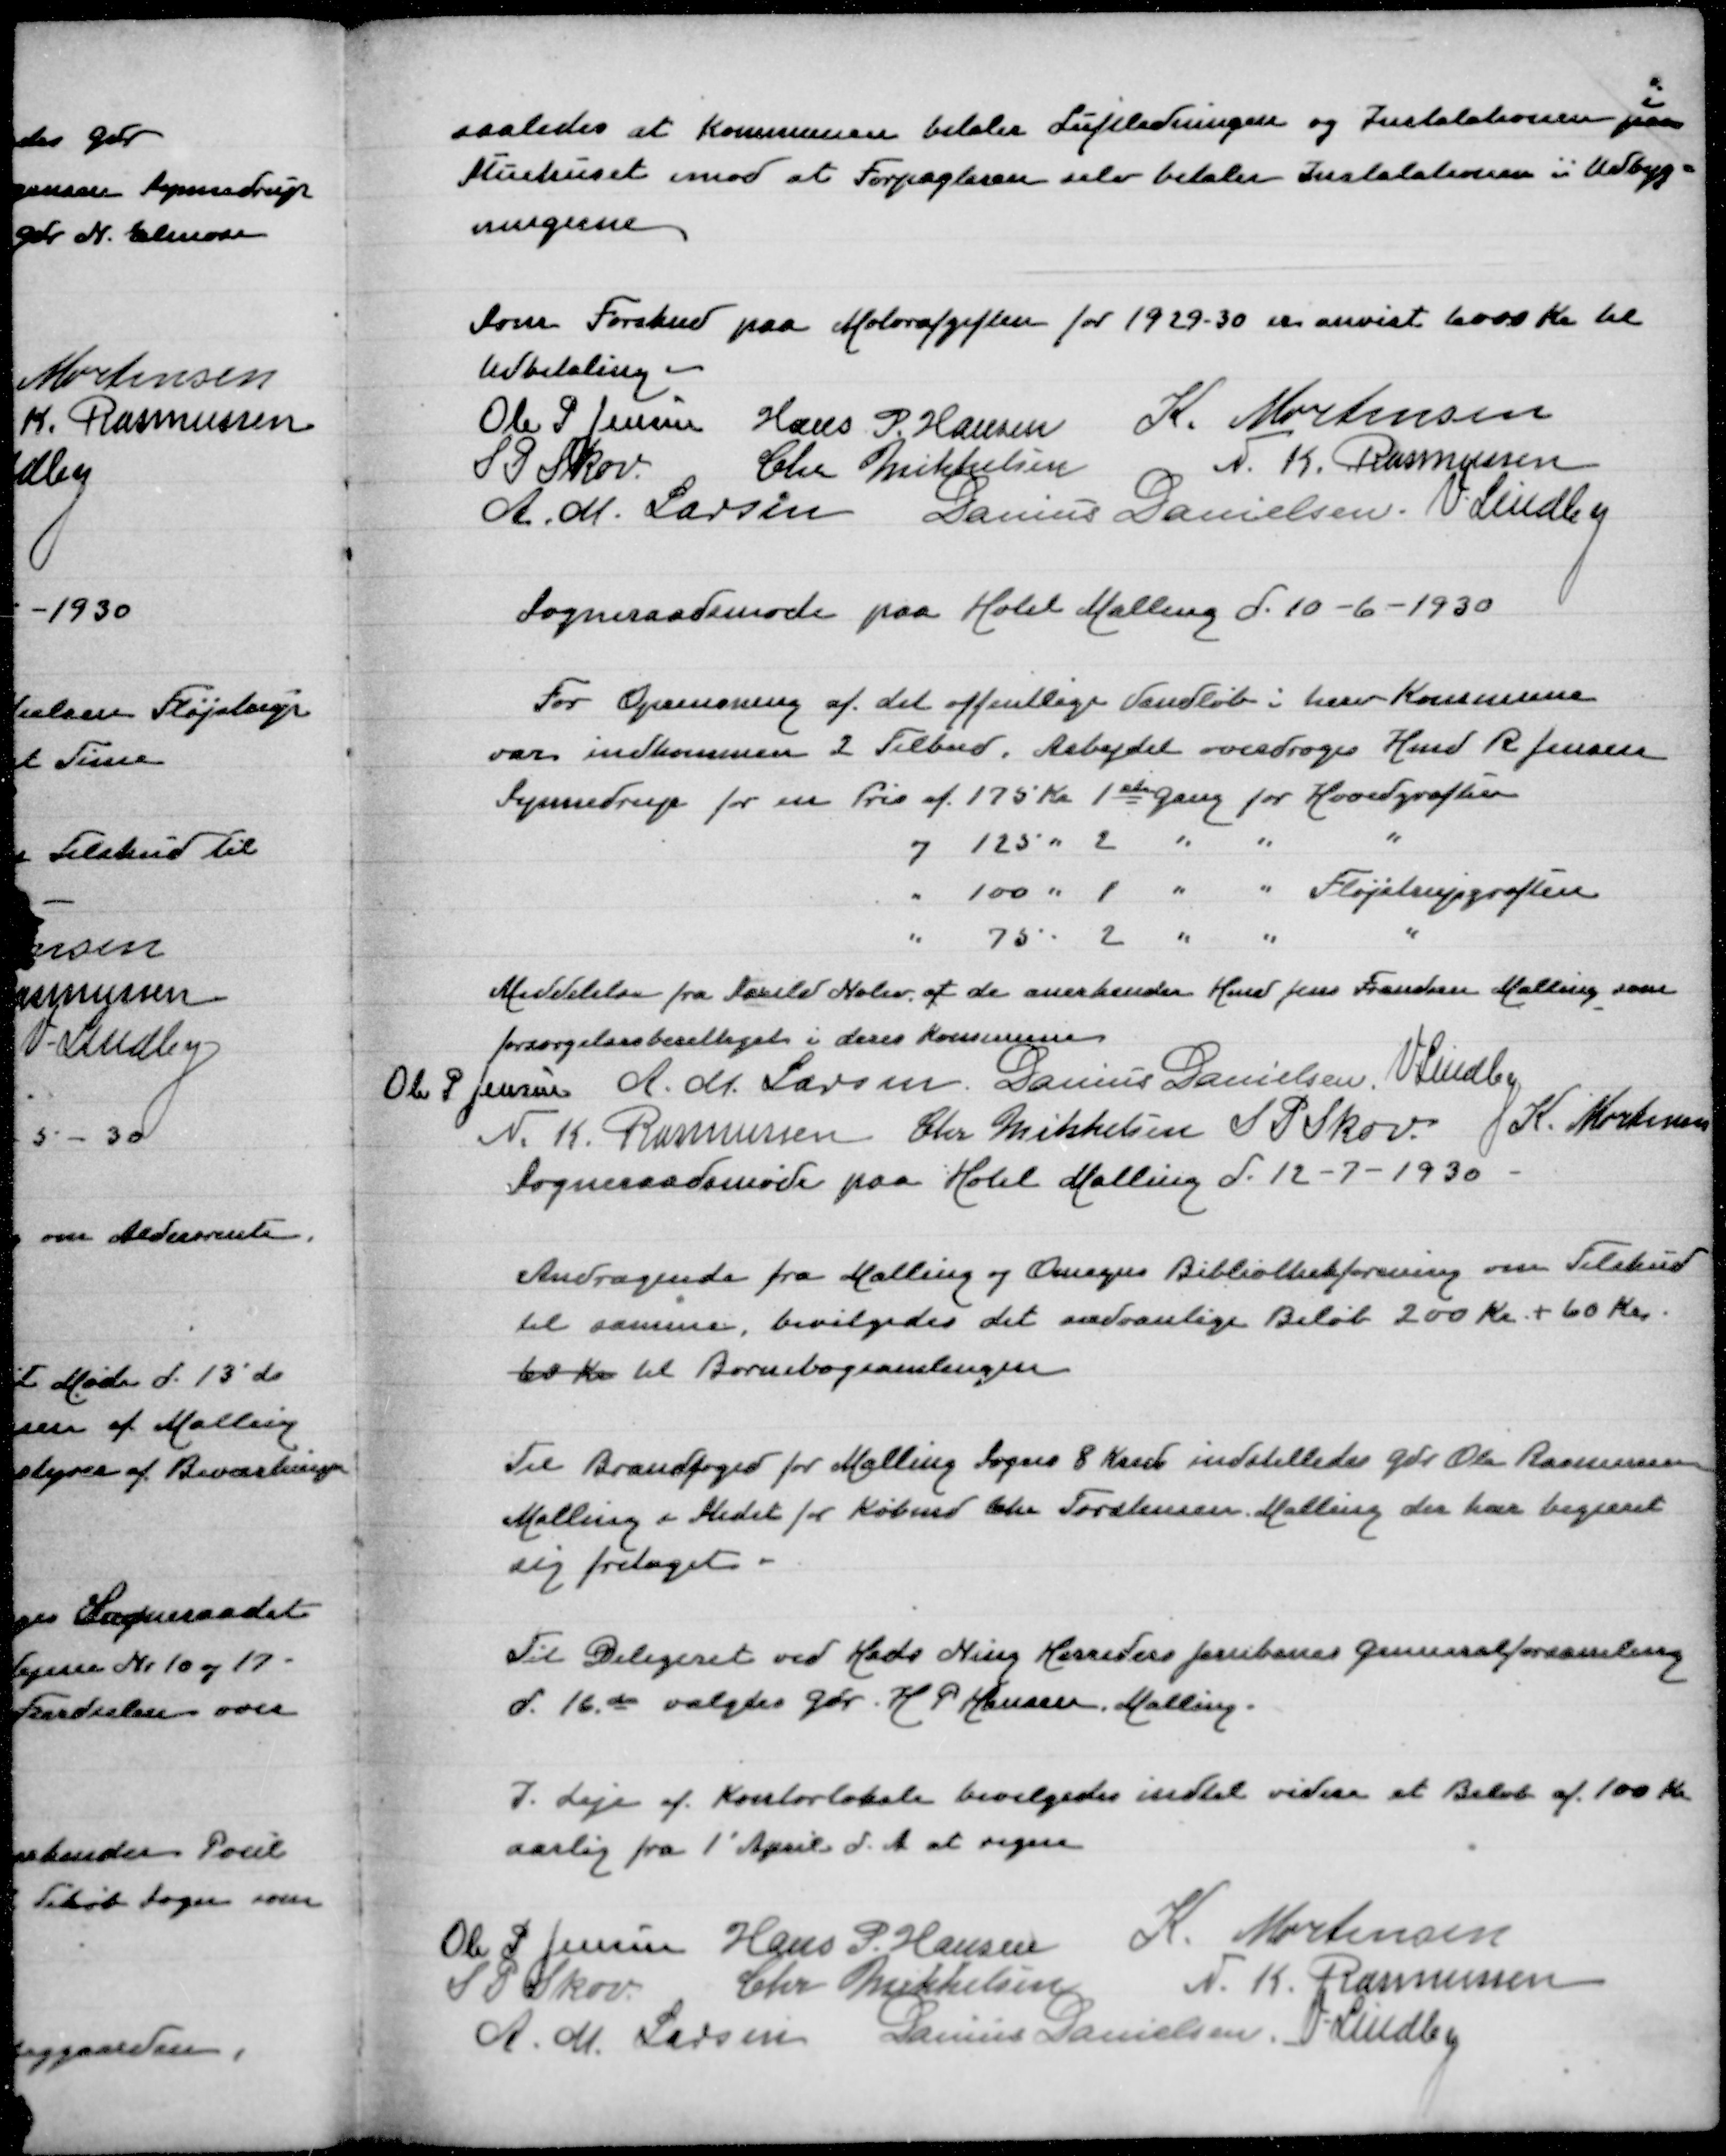
Transskription:
i
saaledes at Kommunen betaler Luftledningen og Installationen paa
Stuehuset imod at Forpagteren selv betaler Installationen i Udbyg=
ningerne

Som Forskud paa Motorafgiften for 1929-30 er anvist 6000 Kr til
Udbetaling
Ole P Jensen
Hans P Hansen
K Mortensen
S P Skov
Chr Mikkelsen
N K Rasmussen
A M Larsen
Danius Danielsen
V Lindby
Sogneraadsmøde paa Hotel Malling d 10-6-1930

For Oprensning af det offentlige Vandløb i herv Kommune
var indkommen 2 Tilbud. Arbejdet overdrages Hmd R Jensen
Synnedrup for en Pris af 175 Kr 1st Gang for Hovedgrøften
og 125 " 2 " " "
" 100 " 1 " " Fløjstrupgrøften
" 75 " 2 " " "

Meddelelse fra Saxild Nølev at de anerkender Hmd Jens Frandsen Malling som
forsørgelsesberettiget i deres Kommune
Ole P Jensen
A M Larsen
Danius Danielsen
V Lindby
N K Rasmussen
Chr Mikkelsen
S P Skov
K Mortensen
Sogneraadsmøde paa Hotel Malling d 12-7-1930

Andragende fra Malling og Omegns Bibliotekforening om Tilskud
til samme, bevilgedes det sædvalige Beløb 200 Kr + 6o Kr
60 Kr til Børnebogsamlingen

Til Brandfoged for Malling Sogns 8 Kreds indstilledes Gdr Ole Rasmussen
Malling i Stedet for Købmd Chr Torstensen Malling der har begæret
sig fritaget

Til Delegeret ved Hads Ning Herreders Jernbanes Generalforsamling
den 16de valgtes Gdr H P Hansen Malling

I Leje af Kontorlokale bevilgedes indtil videre et Beløb af 100 Kr
aarlig fra 1' April d A at regne

Ole P Jensen
Hans P Hansen
K Mortensen
S P Skov
Chr Mikkelsen
N K Rasmussen
A M Larsen
Danius Danielsen
V Lindby